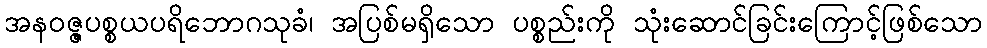
အနဝဇ္ဇပစ္စယပရိဘောဂသုခံ၊ အပြစ်မရှိသော ပစ္စည်းကို သုံးဆောင်ခြင်းကြောင့်ဖြစ်သော